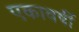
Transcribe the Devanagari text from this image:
एकावर्षी